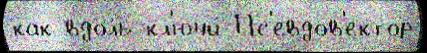
как вдоль кл'ючи́ Пс'евдов'ектор